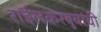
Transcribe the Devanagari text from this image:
राईलकरबुवांची